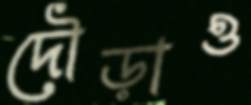
দৌড়াও